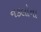
નકલોના